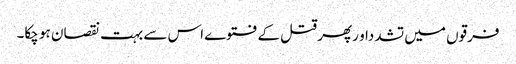
فرقوں میں تشدداو رپھر قتل کے فتوے اس سے بہت نقصان ہو چکا۔